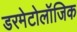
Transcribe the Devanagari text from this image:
डरमेटोलॉजिक